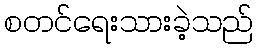
စတင်ရေးသားခဲ့သည်